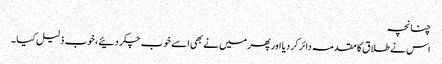
چنانچہ
اس نے طلا ق کا مقدمہ دائر کر دیا اور پھر میں نے بھی اسے خوب چکر دئیے ، خوب ذلیل کیا ۔